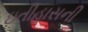
ઇતીહાસની